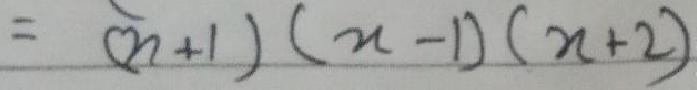
$=(n + 1)(n - 1)(n + 2)$